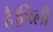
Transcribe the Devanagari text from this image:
है।चिली